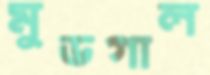
মুডগাল